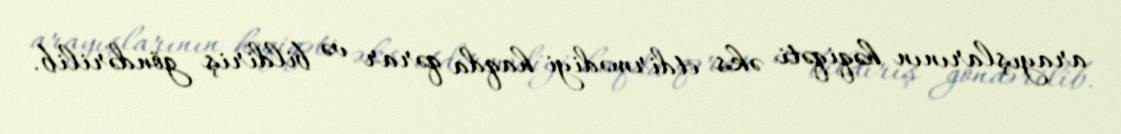
arayışlarının həqiqəti əks etdirmədiyi haqda qərar və bildiriş göndərilib.